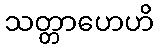
သတ္တာဟေဟိ